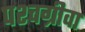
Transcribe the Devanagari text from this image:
पश्चग्रीवा